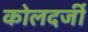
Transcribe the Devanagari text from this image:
कोलदर्जी